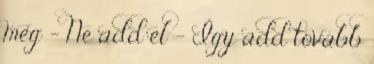
meg – Ne add el – Így add tovább